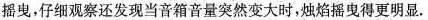
摇曳，仔细观察还发现当音箱音量突然变大时，烛焰摇曳得更明显。